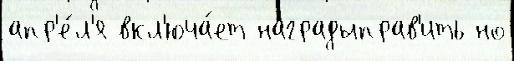
апр'е́л'я вкл'юча́ет наградыправ'ить но